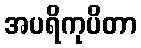
အပရိကုပိတာ